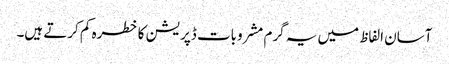
آسان الفاظ میں یہ گرم مشروبات ڈپریشن کا خطرہ کم کرتے ہیں۔